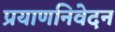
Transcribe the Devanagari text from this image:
प्रयाणनिवेदन